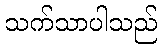
သက်သာပါသည်